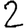
Digit: 2